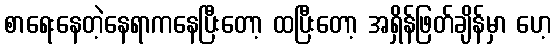
စာရေးနေတဲ့နေရာကနေပြီးတော့ ထပြီးတော့ အရှိန်ဖြတ်ချိန်မှာ ဟေ့